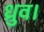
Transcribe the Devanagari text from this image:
ध्रुव।